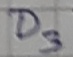
Text: D3